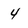
Character: 4